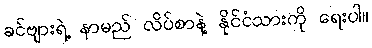
ခင်ဗျားရဲ့ နာမည် လိပ်စာနဲ့ နိုင်ငံသားကို ရေးပါ။